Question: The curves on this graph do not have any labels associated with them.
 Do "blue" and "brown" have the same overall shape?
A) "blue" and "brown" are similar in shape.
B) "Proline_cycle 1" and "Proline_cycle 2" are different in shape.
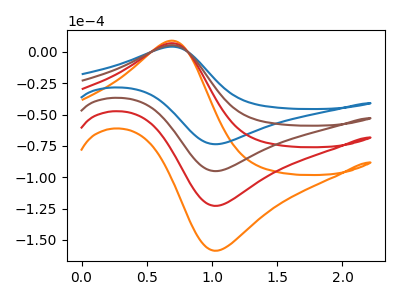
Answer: <think>The orange curve "orange" has an anodic peak at (0.70V, 15.95uA) and a cathodic peak at (1.05V, -285.10uA). The blue curve "blue" has an anodic peak at (0.70V, 4.10uA) and a cathodic peak at (1.05V, -73.60uA). The red curve "red" has an anodic peak at (0.70V, 10.65uA) and a cathodic peak at (1.05V, -190.05uA). The brown curve "brown" has an anodic peak at (0.70V, 5.30uA) and a cathodic peak at (1.05V, -95.05uA).
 All the peaks in "blue" have a peak in "brown" at the same potential. Every peak in "blue" is lower than every peak in "brown".</think>
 <answer>A) "blue" and "brown" are similar in shape.</answer>
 <eval>A</eval>